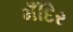
મઁદિર